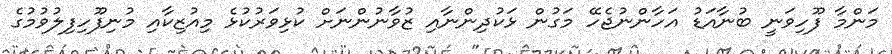
މަންމާ ފޫހިވަނީ ބުނާއަޑު އަހާންނުޖެހޭ މަގުން ޅަކުދިންނާއި ޒުވާނުންނަށް ކުޅިވަރުކުޅެ މިއުޒިކާއި މުނިފޫހިފިލުވުމުގެ